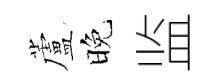
蘆晚监